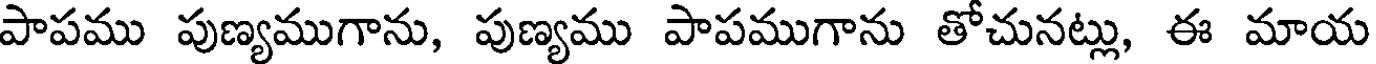
పాపము పుణ్యముగాను, పుణ్యము పాపముగాను తోచునట్లు, ఈ మాయ